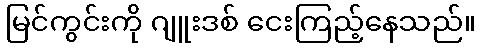
မြင်ကွင်းကို ဂျူးဒစ် ငေးကြည့်နေသည်။